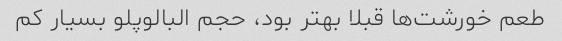
طعم خورشت‌ها قبلا بهتر بود، حجم البالوپلو بسیار کم